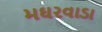
મઘરવાડા